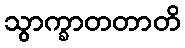
သွာက္ခာတတာတိ